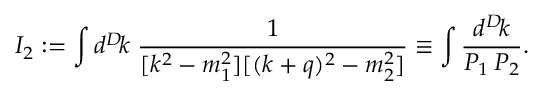
I _ { 2 } : = \int d ^ { D } \! k \; \frac { 1 } { [ k ^ { 2 } - m _ { 1 } ^ { 2 } ] [ ( k + q ) ^ { 2 } - m _ { 2 } ^ { 2 } ] } \equiv \int \frac { d ^ { D } \! k } { P _ { 1 } \, P _ { 2 } } .